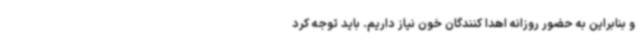
و بنابراین به حضور روزانه اهدا کنندگان خون نیاز داریم. باید توجه کرد